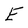
Character: E